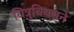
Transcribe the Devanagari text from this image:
वित्रुवियसने